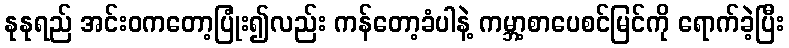
နုနုရည် အင်းဝကတော့ပြုံး၍လည်း ကန်တော့ခံပါနဲ့ ကမ္ဘာ့စာပေစင်မြင်ကို ရောက်ခဲ့ပြီး